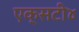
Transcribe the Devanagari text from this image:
एक्सटी४